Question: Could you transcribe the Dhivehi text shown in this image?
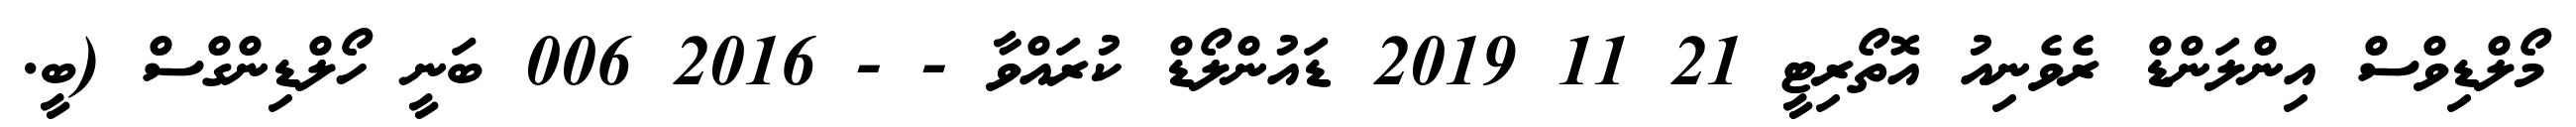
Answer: މޯލްޑިވްސް އިންލަންޑް ރެވެނިއު އޮތޯރިޓީ 21 11 2019 ޑައުންލޯޑް ކުރައްވާ - - 2016 006 ބަނީ ހޯލްޑިންގްސް (ބީ.